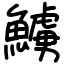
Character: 䲐